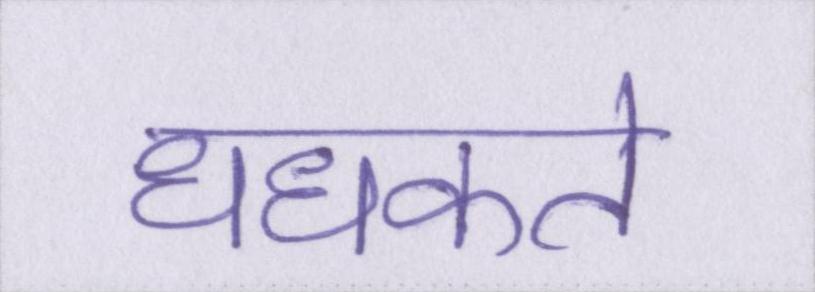
धधकते